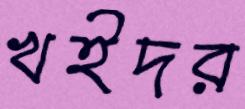
খইদর